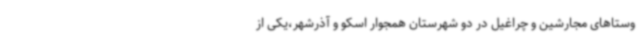
وستاهای مجارشین و چراغیل در دو شهرستان همجوار اسکو و آذرشهر،یکی از